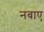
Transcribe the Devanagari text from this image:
नबाए